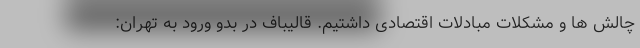
چالش ها و مشکلات مبادلات اقتصادی داشتیم. قالیباف در بدو ورود به تهران: